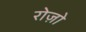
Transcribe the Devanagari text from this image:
रोज़ो